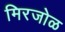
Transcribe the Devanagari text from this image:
मिरजोळ